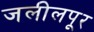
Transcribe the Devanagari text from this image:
जलीलपूर